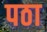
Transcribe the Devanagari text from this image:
पठा